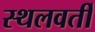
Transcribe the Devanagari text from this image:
स्थलवर्ती